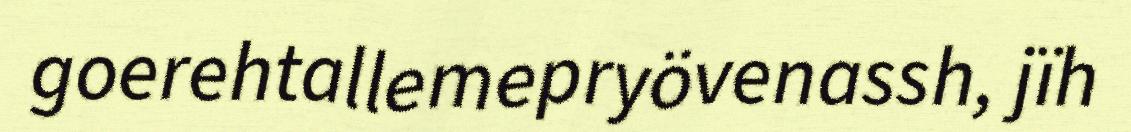
goerehtallemepryövenassh, jïh